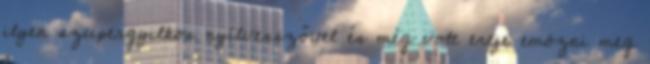
ilyen szupergyilkos nyílvesszővel és még volt ereje emózni meg